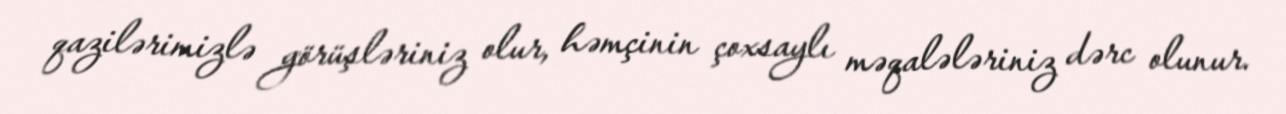
qazilərimizlə görüşləriniz olur, həmçinin çoxsaylı məqalələriniz dərc olunur.